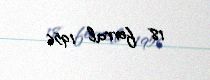
18 fevral 1956